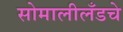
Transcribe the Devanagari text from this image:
सोमालीलँडचे